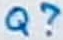
Text: Q?